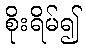
စိုးရိမ်၍